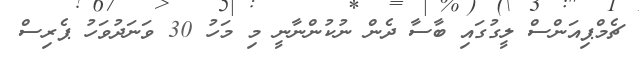
ޗެމްޕިއަންސް ލީގުގައި ބާސާ ދެން ނުކުންނާނީ މި މަހު 30 ވަނަދުވަހު ޕެރިސް